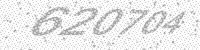
Solution: 620704